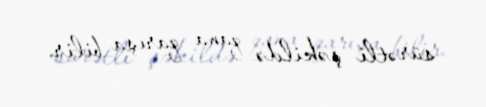
sürətli şəkildə qana qarışa bilir.